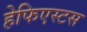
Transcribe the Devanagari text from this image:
हेफिएस्टस